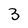
Character: 3